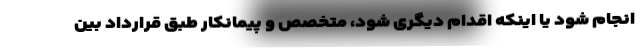
انجام شود یا اینکه اقدام دیگری شود، متخصص و پیمانکار طبق قرارداد بین